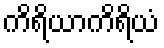
ကိရိယာကိရိယံ